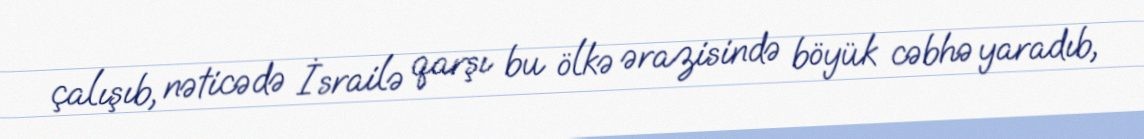
çalışıb, nəticədə İsrailə qarşı bu ölkə ərazisində böyük cəbhə yaradıb,